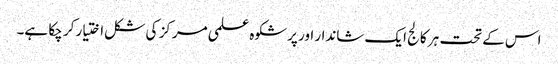
اس کے تحت ہر کالج ایک شاندار اور پرشکوہ علمی مرکز کی شکل اختیار کر چکا ہے۔